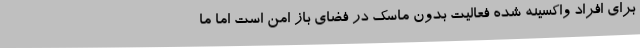
برای افراد واکسینه شده فعالیت بدون ماسک در فضای باز امن است اما ما